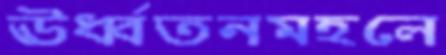
ঊর্ধ্বতনমহলে